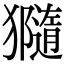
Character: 𤢩